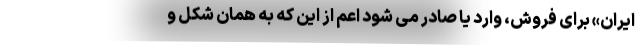
ایران» برای فروش، وارد یا صادر می شود اعم از این که به همان شکل و